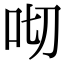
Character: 𠯦